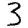
Digit: 3